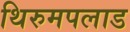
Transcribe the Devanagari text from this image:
थिरुमपलाड